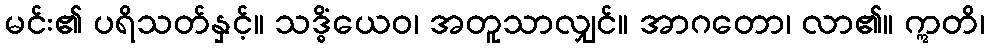
မင်း၏ ပရိသတ်နှင့်။ သဒ္ဓိံယေဝ၊ အတူသာလျှင်။ အာဂတော၊ လာ၏။ ဣတိ၊